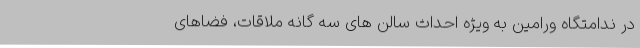
در ندامتگاه ورامین به ویژه احداث سالن های سه گانه ملاقات، فضاهای